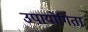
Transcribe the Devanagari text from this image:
उपायोगिता